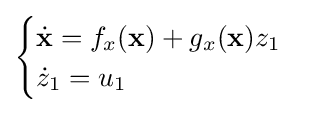
{\begin{cases}{\dot {\mathbf {x} }}=f_{x}(\mathbf {x} )+g_{x}(\mathbf {x} )z_{1}\\{\dot {z}}_{1}=u_{1}\end{cases}}